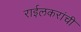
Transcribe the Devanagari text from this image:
राईलकरांची